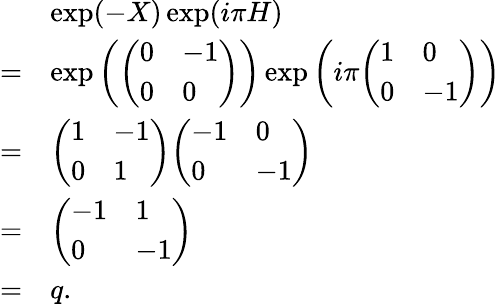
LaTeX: {\begin{array}{rl}&{\exp(-X)\exp(i\pi H)}\\ {=}&{\exp\left({\left(\begin{array}{ll}{0}&{-1}\\ {0}&{0}\end{array}\right)}\right)\exp\left(i\pi{\left(\begin{array}{ll}{1}&{0}\\ {0}&{-1}\end{array}\right)}\right)}\\ {=}&{{\left(\begin{array}{ll}{1}&{-1}\\ {0}&{1}\end{array}\right)}{\left(\begin{array}{ll}{-1}&{0}\\ {0}&{-1}\end{array}\right)}}\\ {=}&{{\left(\begin{array}{ll}{-1}&{1}\\ {0}&{-1}\end{array}\right)}}\\ {=}&{q.}\end{array}}